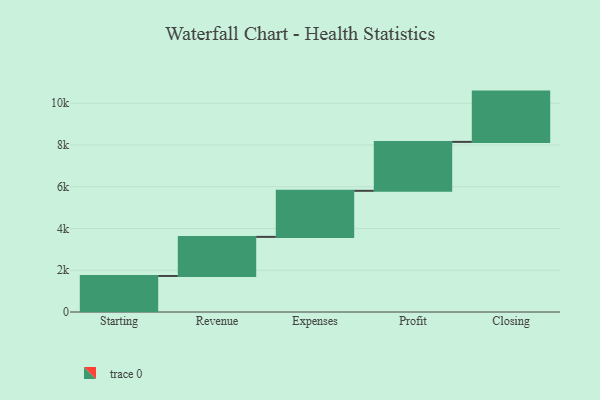
{"axis": {"x": "Step", "y": "Value"}, "legend": [""], "data": [{"x": "Starting", "y": 1726.0, "type": ""}, {"x": "Revenue", "y": 1873.0, "type": ""}, {"x": "Expenses", "y": 2207.0, "type": ""}, {"x": "Profit", "y": 2344.0, "type": ""}, {"x": "Closing", "y": 2409.0, "type": ""}]}